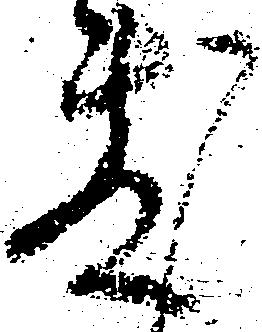
敷